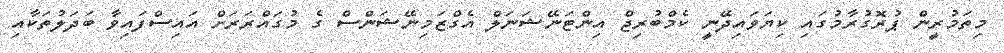
މިތަމުރީން ޕުރޮގުރާމުގައި ކިޔަވައިދޭނީ ކެމްބުރިޖް އިންޓަނޭޝަނަލް އެގްޒަމިނޭޝަންސް ގެ މުގައްރަރަށް އައިސްފައިވާ ބަދަލުތަކާއި